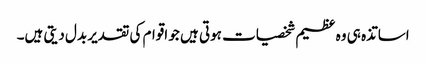
اساتذہ ہی وہ عظیم شخصیات ہوتی ہیں جو اقوام کی تقدیر بدل دیتی ہیں۔